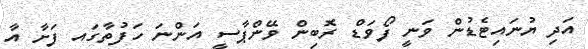
އަދި ޔުނައިޓެޑުން ވަނީ ފޯވަޑް ރޮބިން ވޭންޕާސީ އަންނަ ހަފުތާގައ ފަށާ އާ